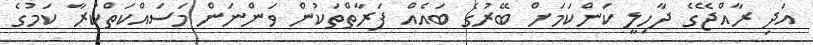
އަދި ރާއްޖޭގެ ދާހިލީ ކަންކަމަށް ބޭރުގެ ބައެއް ފަރާތްތަކުން ވަންނަން މަސައްކަތްކުރާ ކަމުގެ